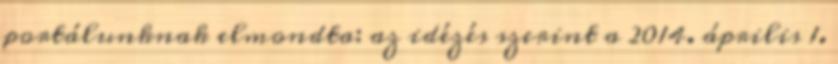
portálunknak elmondta: az idézés szerint a 2014. április 1.